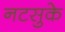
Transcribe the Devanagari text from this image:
नटसुके